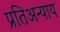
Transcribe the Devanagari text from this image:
प्रतिअन्याय